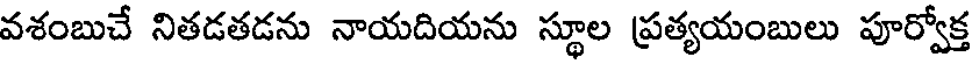
వశంబుచే నితడతడను నాయదియను స్థూల ప్రత్యయంబులు పూర్వోక్త